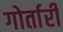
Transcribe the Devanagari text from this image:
गोर्तारी